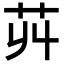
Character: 𦬥